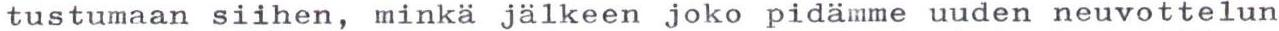
tustumaan siihen, minkä jälkeen joko pidämme uuden neuvottelun